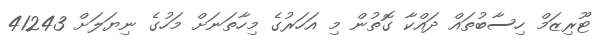
ޓޫރިޒަމް ހިސާބުތައް ދައްކާ ގޮތުން މި އަހަރުގެ މިހާތަނަށް މަހުގެ ނިޔަލަށް 41243